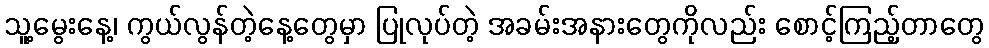
သူ့မွေးနေ့၊ ကွယ်လွန်တဲ့နေ့တွေမှာ ပြုလုပ်တဲ့ အခမ်းအနားတွေကိုလည်း စောင့်ကြည့်တာတွေ